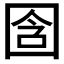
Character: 𫭉